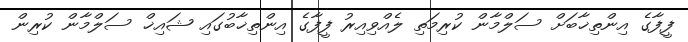
ފީފާގެ އިންތިޚާބަށް ސަލްމާން ކުރިމަތި ލެއްވިއިރު ފީފާގެ އިންތިޚާބުގައި ޝައިޚް ސަލްމާން ކުރިން